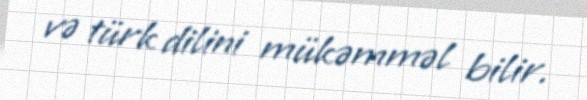
və türk dilini mükəmməl bilir.